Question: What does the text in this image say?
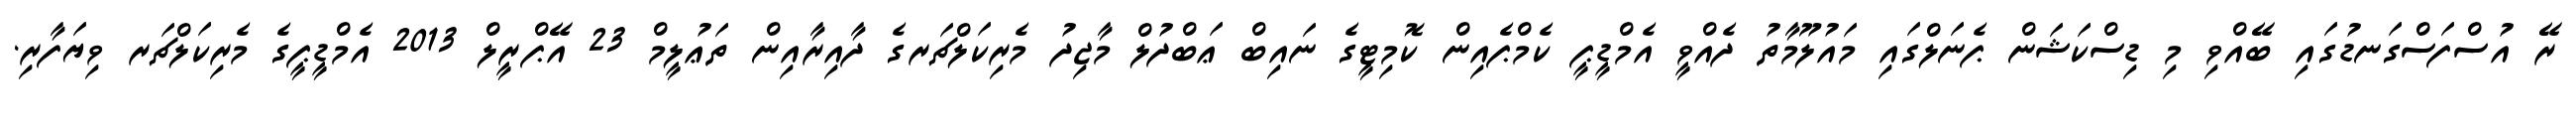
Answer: ރޭ އުސްފަސްގަނޑުގައި ބޭއްވި މި ޑިސްކަޝަން ޕެނަލްގައި މައުލޫމާތު ދެއްވީ އެމްޑީޕީ ކެމްޕެއިން ކޮމިޓީގެ ނައިބް ޢަބްދުލް މާޖިދު މެރިކަލްޗަރގެ ދާއިރާއިން ތަޢުލީމް 23 އޭޕްރީލް 2013 އެމްޑީޕީގެ މެރިކަލްޗަރ ވިޔަފާރި.